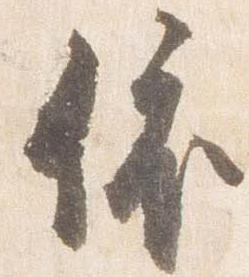
依